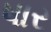
ષાર